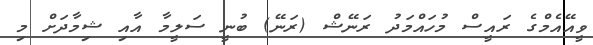
ވީއޭއެމްގެ ރައީސް މުހައްމަދު ރަނޭޝް (ރަނޭ) ބުނީ ސަލީމާ އާއި ޝިމާދަށް މި